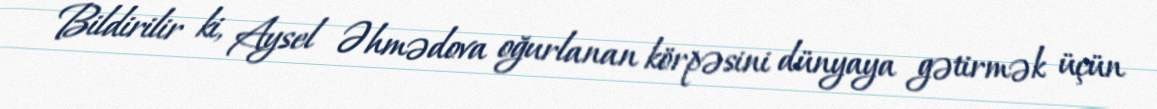
Bildirilir ki, Aysel Əhmədova oğurlanan körpəsini dünyaya gətirmək üçün